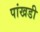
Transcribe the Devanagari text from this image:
पांखडी